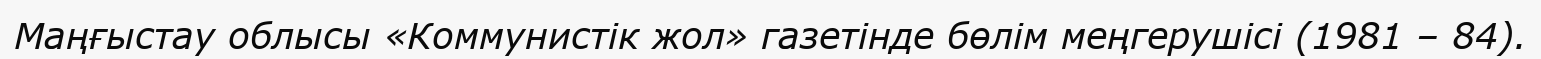
Маңғыстау облысы «Коммунистік жол» газетінде бөлім меңгерушісі (1981 – 84).